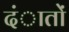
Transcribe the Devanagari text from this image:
दंातों